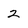
Character: 2